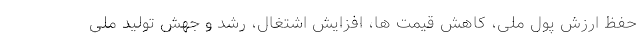
حفظ ارزش پول ملی، کاهش قیمت ها، افزایش اشتغال، رشد و جهش تولید ملی